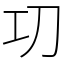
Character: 㓛